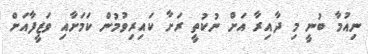
ނިއުމާ ބުނީ މި ދާއިރާ އަށް ނުކުތީ ރަށާ ކައިރިވުމުން ކަމަށާއި ވަޒީފާއަށް